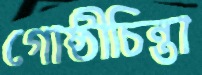
গোষ্ঠীচিন্তা